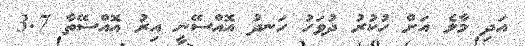
އަދި މާލެ އަށް ހުކުރު ދުވަހު ހަނދު އޮއްސޭނީ އިރު އޮއްސޭތާ 3.7